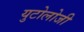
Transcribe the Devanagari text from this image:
युटोलोजी